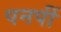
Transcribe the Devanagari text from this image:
पनपीं